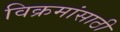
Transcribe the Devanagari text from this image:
विक्रमांसाठी